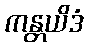
ကန္တယိဒံ